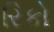
રિકો